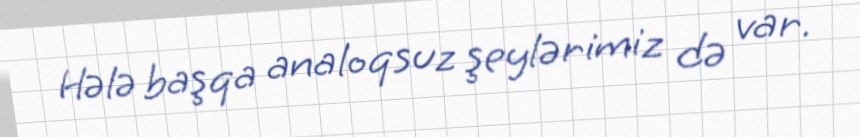
Hələ başqa analoqsuz şeylərimiz də var.